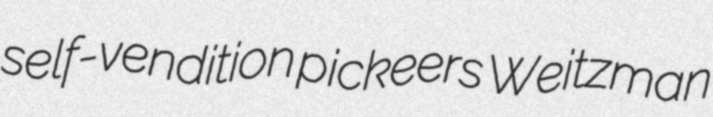
self-vendition pickeers Weitzman